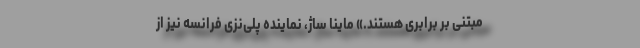
مبتنی بر برابری هستند.» ماینا ساژ، نماینده پلی‌نزی فرانسه نیز از